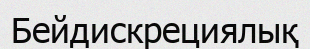
Бейдискрециялық